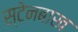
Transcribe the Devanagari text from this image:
स्टेनबाख